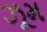
ઝૂમ